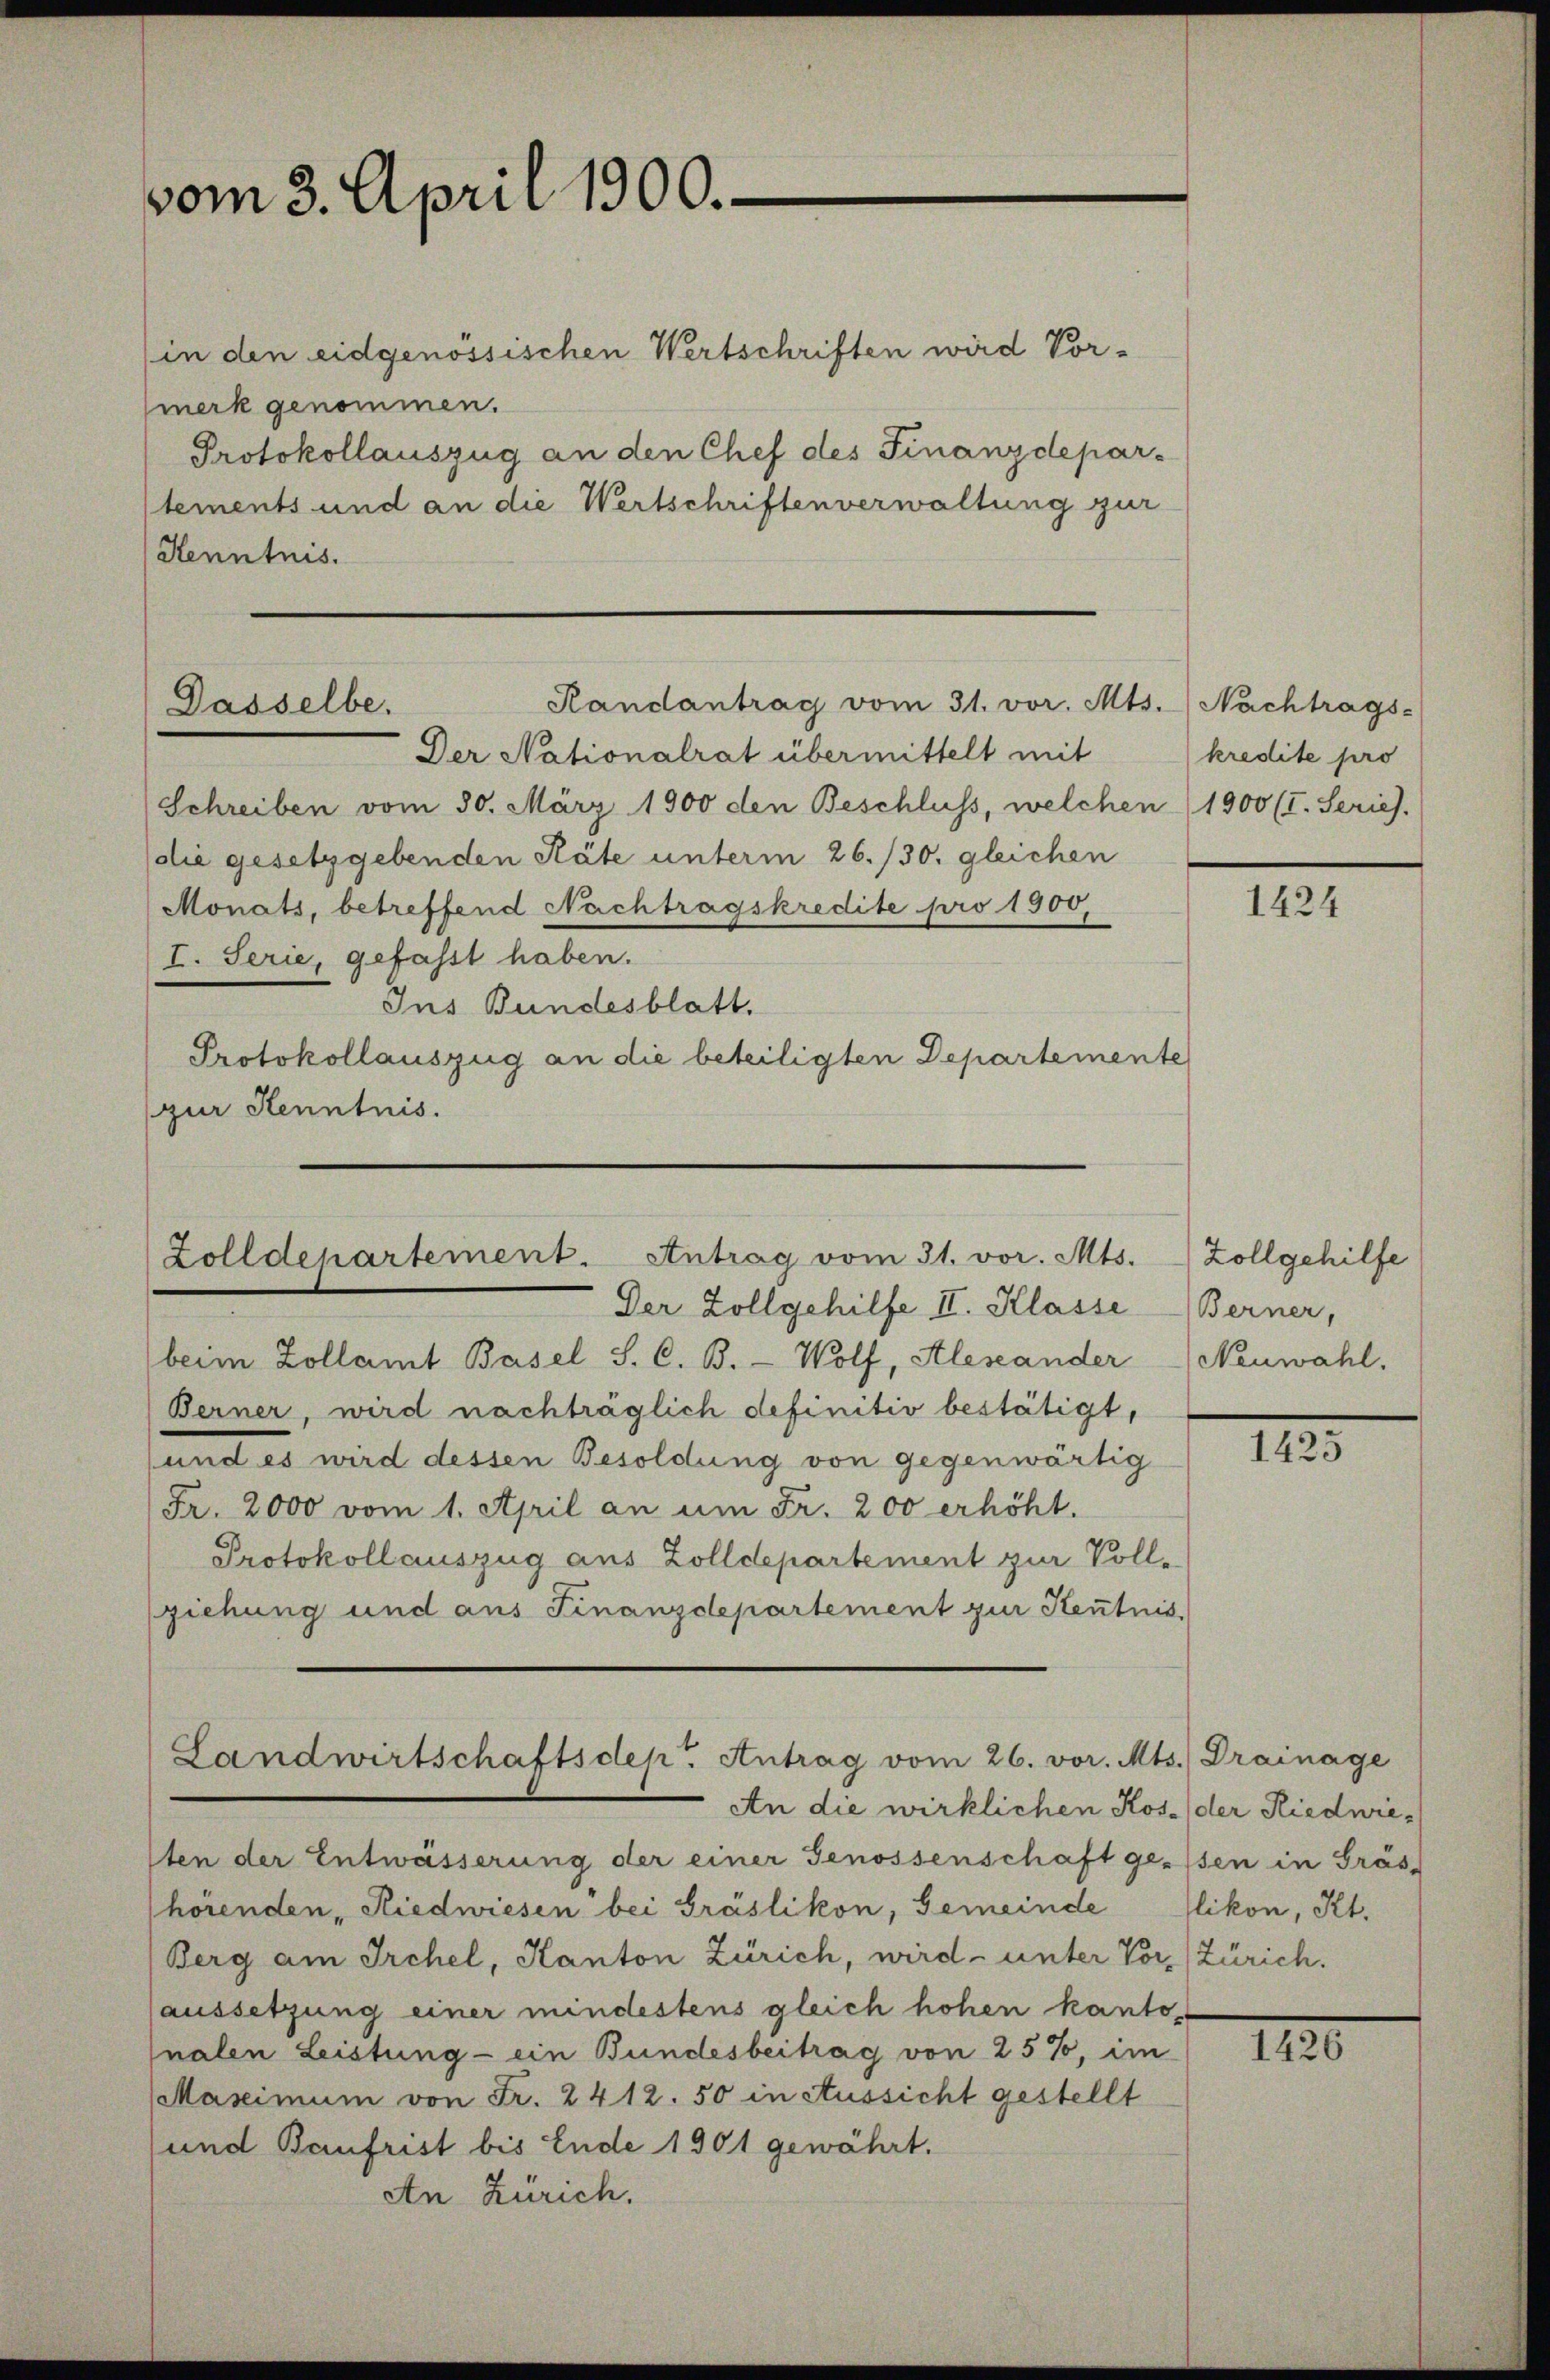
vom 3. April 1900.

(in den eidgenössischen Wertschriften wird Vormerk genommen.
Protokollauszug an den Chef des Finanzdeparstements und an die Wertschriftenverwaltung zur
Kenntnis.

Der Nationalrat übermittelt mit
Schreiben vom 30. März 1900 den Beschluss, welchen 1900 (I. Serich.
(die gesetzgebenden Räte unterm 26./30. gleichen
Monats, betreffend Nachtragskredite pro 1900,
I. Serie, gefasst haben.
Ins Bundesblatt.
Protokollauszug an die beteiligten Departemente
(zur Kenntnis.

Randantrag vom 31. vor. Mts. (Nachtrags-
Dasselbe.

Zolldepartement. Antrag vom 31. vor. Mts.

Landwirtschaftsdep. Antrag vom 26. vor. Mts. Drainage

Der Zollgehilfe II. Klasse
beim Zollamt Basel S. C. B. - Wolf, Alexander
Berner, wird nachträglich definitiv bestätigt,
und es wird dessen Besoldung von gegenwärtig
Fr. 2000 vom 1. April an um Fr. 200 erhöht.
Protokoll auszug aus Zolldepartement zur Vollziehung und aus Finanzdepartement zur Kentnis

An die wirklichen Kos- der Riedwiesten der Entwässerung der einer Genossenschaft gessen in Präs
hörenden, Riedwiesen bei Gräslikon, Gemeinde Ellikon, Kt.
Berg am Irchel, Kanton Zürich, wird unter Vor- (Zürich.
aussetzung einer mindestens gleich hohen kantonalen Leistung - ein Bundesbeitrag von 25%, im
Maximum von Fr. 2412. 50 in Aussicht gestellt
und Baufrist bis Ende 1901 gewährt.
An Zürich.

kredite pro

1424

Zollgehilfe
Berner,
Neuwahl.

III

III.